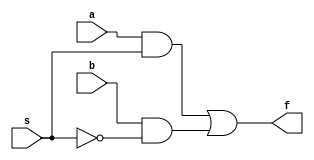
module mux2to1_gl (a,b,s,f);
    input a,b,s;
    output f;
    wire c, d, nots;

    not n1(nots, s);
    and a1(c,a,s);
    and a2(d,b,nots);

    or o1(f,c,d);

endmodule

module mux2to1_bh (a, b, s ,f);
    input a, b, s;
    output f;
    reg f;
    always@(s or a or b)
            if(s == 1)
                f = a;
            else
                f = b;
endmodule

module mux2to1_df (a, b, s, f);
    input a, b, s;
    output f;
    assign f = s ? a : b;
endmodule